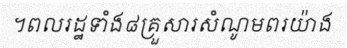
។ពលរដ្ឋទាំង៨គ្រួសារសំណូមពរយ៉ាង